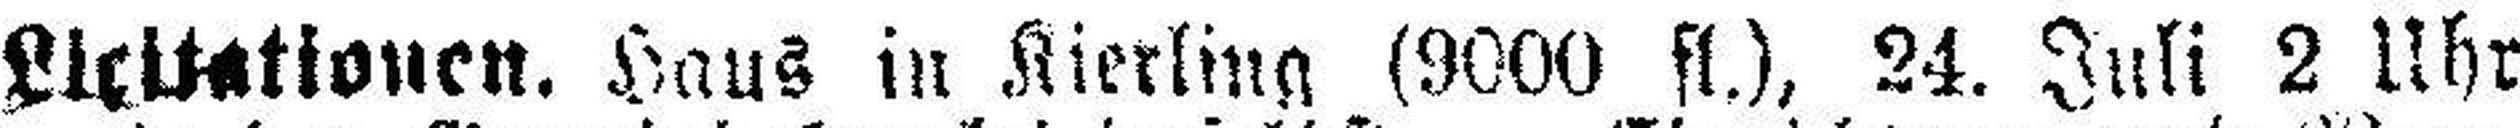
Lieitationen. Haus in Rierling (9000 fl.), 24. Juli 2 Uhr